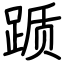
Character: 踬